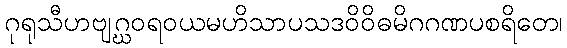
ဂုရုသီဟဗျဂ္ဃဝရဝယမဟိသာပသဒဝိဝိဓမိဂဂဏပစရိတေ၊